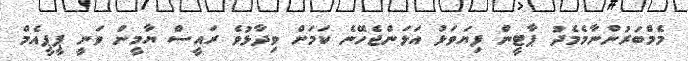
މެމްބަރުންނާމެމެދު ޕާޓީން ފިޔަވަޅު އަޅަންޖެހޭނެ ކަމަށް ވިދާޅުވެ ރައީސް ޔާމީން ވަނީ ޕީޕީއެމް